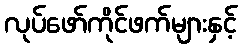
လုပ်ဖော်ကိုင်ဖက်များနှင့်